Calcutta medical institutions reports 1871-78
Year: 1871
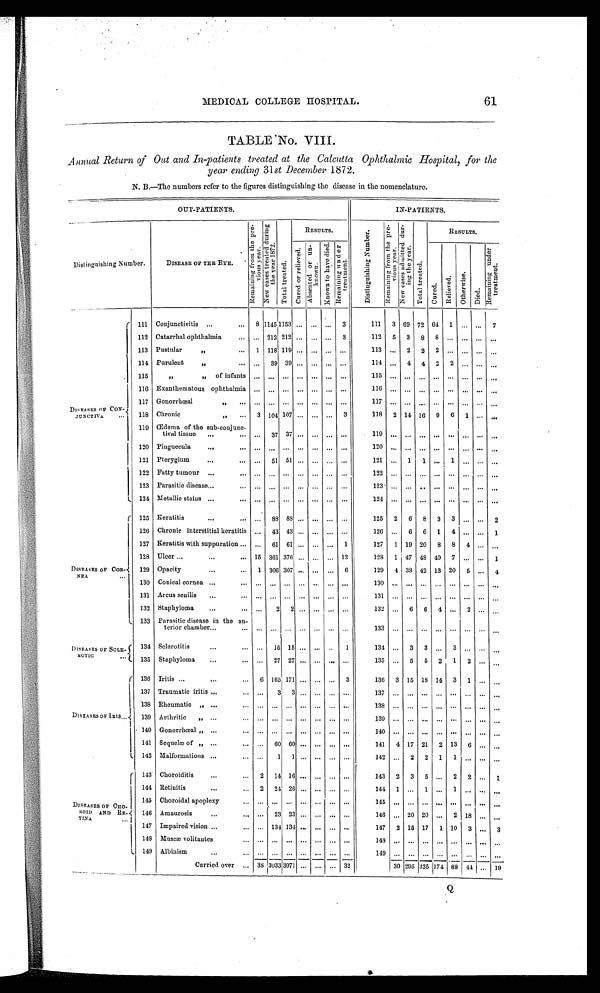
MEDICAL COLLEGE HOSPITAL.
61
TABLE No. VIII.
Annual Return of Out and In-patients treated at the Calcutta Ophthalmic Hospital, for the
year ending 31 st December 1872.
N. B.—The numbers refer to the figures distinguishing the disease in the nomenclature.
O U T - P A T I E N T S .
IN-PATIENTS.
Distinguishing Number.
DISEASE OF THE EYE.
R e m a i n i n g f r o m t h e p r e -
v i o u s y e a r N e w c a s e s t r e a t e d d u r i n g
t h e y e a r 1 8 7 2 .
T o t a l t r e a t e d .
RESULTS.
D i s t i n g u i s h i n g N u m b e r
R e m a i n i n g f r o m t h e p r e -
vi ous ye a r .
N e w c a s e s a d m i t t e d d u r -
i n g t h e y e a r
T o t a l t r e a t e d .
RESULTS.
C u r e d o r r e l i e v e d . A b s e n t e d o r u n -
k n o w n
K n o w n t o h a v e d i e d .
R e m a i n i n g u n d e r
t r e a t me nt .
Cu r e d .
Re l i e v e d . Ot her wi se.
Di e d.
R e m a i n i n g u n d e r
t r e a t me nt .
DISEASES OF CON-
JUNCTIVA
111 Conjunctivitis
8 1145 1153 ... ... ...
3
111
3
6 9 72 64 1
. . .
. . . 7
112 Catarrhal ophthalmia
... 212 212 ... ... ...
3
112
5
3
8
8
. . .
. . .
. . .
. . .
113 Pustular
,,
1 118 119 ... ... ...
. . .
113 ...
2
2
2 ... ...
. . .
. . .
114 Purulent ,,
. . .
3 9
3 9
. . .
. . .
. . .
. . .
114
. . . 4
4
2
2
. . .
. . .
. . .
115
,,
„ of infants ... ... ... ... ... ... ...
115
. . .
. . .
. . .
. . .
. . .
. . .
. . .
. . .
116 Exanthematous ophthalmia ...
. . . ... ... ... ...
. . .
116
. . .
. . .
. . .
. . .
. . .
. . .
. . .
. . .
117 Gonorrhœal
,,
. . .
. . .
. . .
. . .
. . .
. . .
. . .
117
. . .
. . .
. . .
. . .
. . .
. . .
. . .
. . .
118 Chronic
,,
3 104 107 ... ... ...
3
118
2 14 16
9
6
1
. . .
. . .
119 Œdema of the sub-conjun
c-
tival tissue
. . .
37 37 ... ... ...
. . .
119
. . .
. . .
. . .
. . .
. . .
. . .
. . .
. . .
120 Pinguecula
... ... ... ... ... ... ...
120
. . .
. . .
. . .
. . .
. . .
. . .
. . .
. . .
121 Pterygium
. . .
5 1
5 1
. . .
. . .
. . .
. . .
121 ...
1
1
. . . 1
. . . ...
. . .
122 Fatty tumour
... ... ... ... ... ... ...
122
. . .
. . .
. . .
. . .
. . .
. . .
. . .
. . .
123 Parasitic disease
... ... ... ... ... ... ... 123
. . .
. . .
. . .
. . .
. . .
. . .
. . .
. . .
124 Metallic stains
. . .
. . . ... ... ... ... ... 124
. . .
. . .
. . .
. . .
. . .
. . .
. . .
. . .
D I S E A S E S O F C O R -
NEA 125 Keratitis
. . .
8 8
8 8
. . .
. . .
. . . ...
125
2
6
8
3
3
. . .
. . . 2
126 Chronic interstitial keratitis
. . . 43 43 ... ... ... ...
126 ...
6
6
1
4
. . .
. . . 1
127 Keratitis with suppuration
...
61 61 ...
. . .
. . . 1
127
1 19 20
8
8
4
. . .
. . .
128 Ulcer
15 361 376 ... ... ... 12
128
1 47 48 40
7
. . .
. . . 1
129 Opacity
1 306 307 ... ... ...
6
129
4 38 42 13 20
5 ...
4
130 Conical cornea
. . .
. . .
. . .
. . .
. . .
. . . ...
130
. . .
. . .
. . .
. . .
. . .
. . .
. . .
. . .
131 Arcus senilis
. . .
. . .
. . .
. . .
. . .
. . .
. . .
131
. . .
. . .
. . .
. . .
. . .
. . .
. . .
. . .
132 Staphyloma
. . .
2
2
. . .
. . .
. . .
. . .
132 ...
6
6
4
. . . 2 ...
. . .
133 Parasitic disease in the an-
terior chamber
. . .
. . . ... ... ...
. . . ...
133
. . .
. . .
. . .
. . .
. . .
. . . ...
. . .
D I S E A S E S O F S C L E -
ROTIC
134
Selerotitis
. . .
1 5
1 5
. . .
. . .
. . . 1
134 ...
3
3 ...
3
. . .
. . .
. . .
135 Staphyloma
. . .
2 7
2 7
. . .
. . .
. . . . . . . . . . . . . . .
. . .
135 ...
5
5
2
1
2
. . .
. . .
DISEASES OF IRIS
136 Iritis
6
1 6 5 171 ... ... ...
3
136
3 15 18 14
3
1
. . .
137 Traumatic iritis
. . .
3 3
. . .
...3
. . . ... ...
137
. . .
. . .
. . .
. . .
. . .
. . .
. . .
. . .
138 Rheumatic ,,
...
. . . . . .
. . . ... ... ...
138
. . .
. . .
. . .
. . .
. . .
. . .
. . .
. . .
139 Arthritic ,,
... ... ... ... ... ... ... 139
. . .
. . .
. . .
. . .
. . .
. . .
. . .
. . .
140 Gonorrhœal „
... ... ... ... ... ... ...
140
. . .
. . .
. . .
. . .
. . .
. . .
. . .
. . .
141 Sequelæ of „
. . .
6 0
6 0
. . .
. . .
. . .
. . .
141
4 17 21
2 13
6
. . .
. . .
142 Malformations
. . .
1
1
. . .
. . .
. . .
. . .
142 ...
2
2
1
1
. . .
. . .
DISEASES OF CHO-
ROID AND RE-
TINA
143 Choroiditis
2 1 4 16
. . .
. . .
. . . ...
143
2
3
5
. . .
2 2
. . .
1
144 Retinitis
2
1 4 1 6
. . .
. . .
. . .
. . .
144
1 ...
1
. . .
1 . . .
. . .
. . .
145 Choroidal apoplexy
. . .
. . . ... ... ... ... ... 145
. . .
. . .
. . .
. . .
. . . . . .
. . .
. . .
146 Amaurosis
. . .
2 3
2 3
. . .
. . .
. . .
. . .
146
. . . 20 20
. . .
2
1 8
. . .
. . .
147 Impaired vision
. . .
1 3 4
1 3 4
. . .
. . .
. . .
. . .
147
2
1 5 17
1
1 0
3
. . .
3
148 Muscæ volitantes
. . . . . . ... ... ... ... ... ... 148
. . .
. . .
. . .
. . .
. . .
. . .
. . .
. . .
149 Albinism
... ... ... ...
. . . ...
149
. . .
. . .
. . .
. . .
. . .
. . .
. . .
. . .
Carried over
3 8 3 0 3
3071 ...
...
... 32
30 295 325 174
8 8 4 4
. . .
19